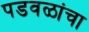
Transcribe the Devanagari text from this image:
पडवळांचा